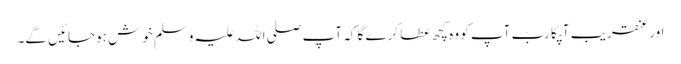
اور عنقریب آپکا ربّ آپ کو وہ کچھ عطا کرے گا کہ آپ صلی اللہ علیہ وسلم خوش ہوجائیں گے۔